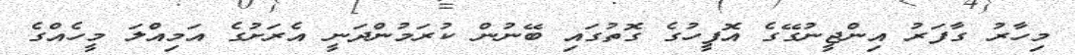
މިހާރު ގާފަރު އިންޖީނުގޭގެ އޮފީހުގެ ގޮތުގައި ބޭނުން ކުރަމުންދަނީ އެރަށުގެ އަމިއްލަ މީހެއްގެ